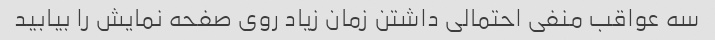
سه عواقب منفی احتمالی داشتن زمان زیاد روی صفحه نمایش را بیابید